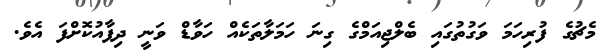
މެޗުގެ ފުރިހަމަ ވަގުތުގައި ބެލްޖިއަމްގެ ގިނަ ހަމަލާތަކެއް ހަވާޑް ވަނީ ދިފާއުކޮށްފަ އެވެ.